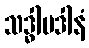
သဒ္ဓါပဒါနံ